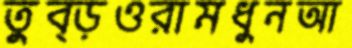
তুব্‌ড়ওরামধুনআ